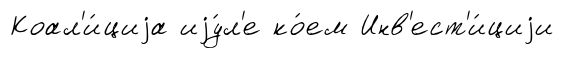
Коал'и́циjа иjу́л'е ко́ем Инв'ест'и́циjи